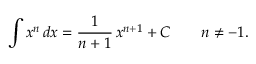
\int x ^ { n } \, d x = { \frac { 1 } { n + 1 } } \, x ^ { n + 1 } + C \qquad n \neq - 1 .